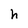
Character: h